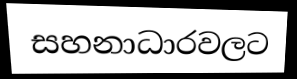
සහනාධාරවලට